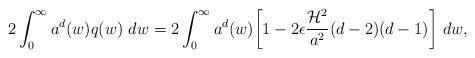
LaTeX: \begin{align*}2\int_{0}^{\infty} a^d(w) q(w) ~ dw = 2 \int_{0}^{\infty} a^d(w) \biggl[ 1 - 2 \epsilon \frac{{\cal H}^2}{a^2}(d-2)(d-1)\biggr] ~ dw,\end{align*}